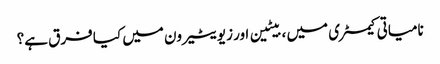
نامیاتی کیمسٹری میں ، بیٹین اور زیویٹیرون میں کیا فرق ہے؟